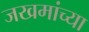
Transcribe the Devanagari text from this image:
जखमांच्या